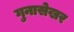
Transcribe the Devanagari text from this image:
गुनासेखर